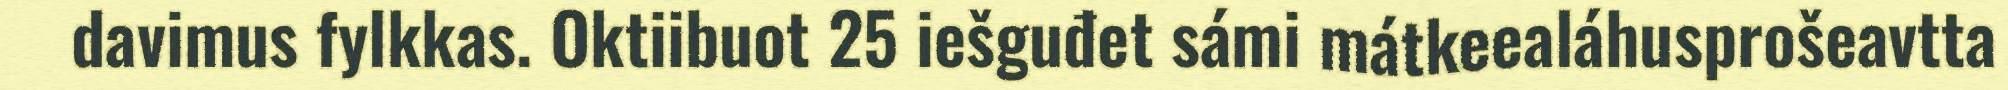
davimus fylkkas. Oktiibuot 25 iešguđet sámi mátkeealáhusprošeavtta